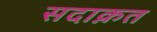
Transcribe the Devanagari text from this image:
सदाक़त